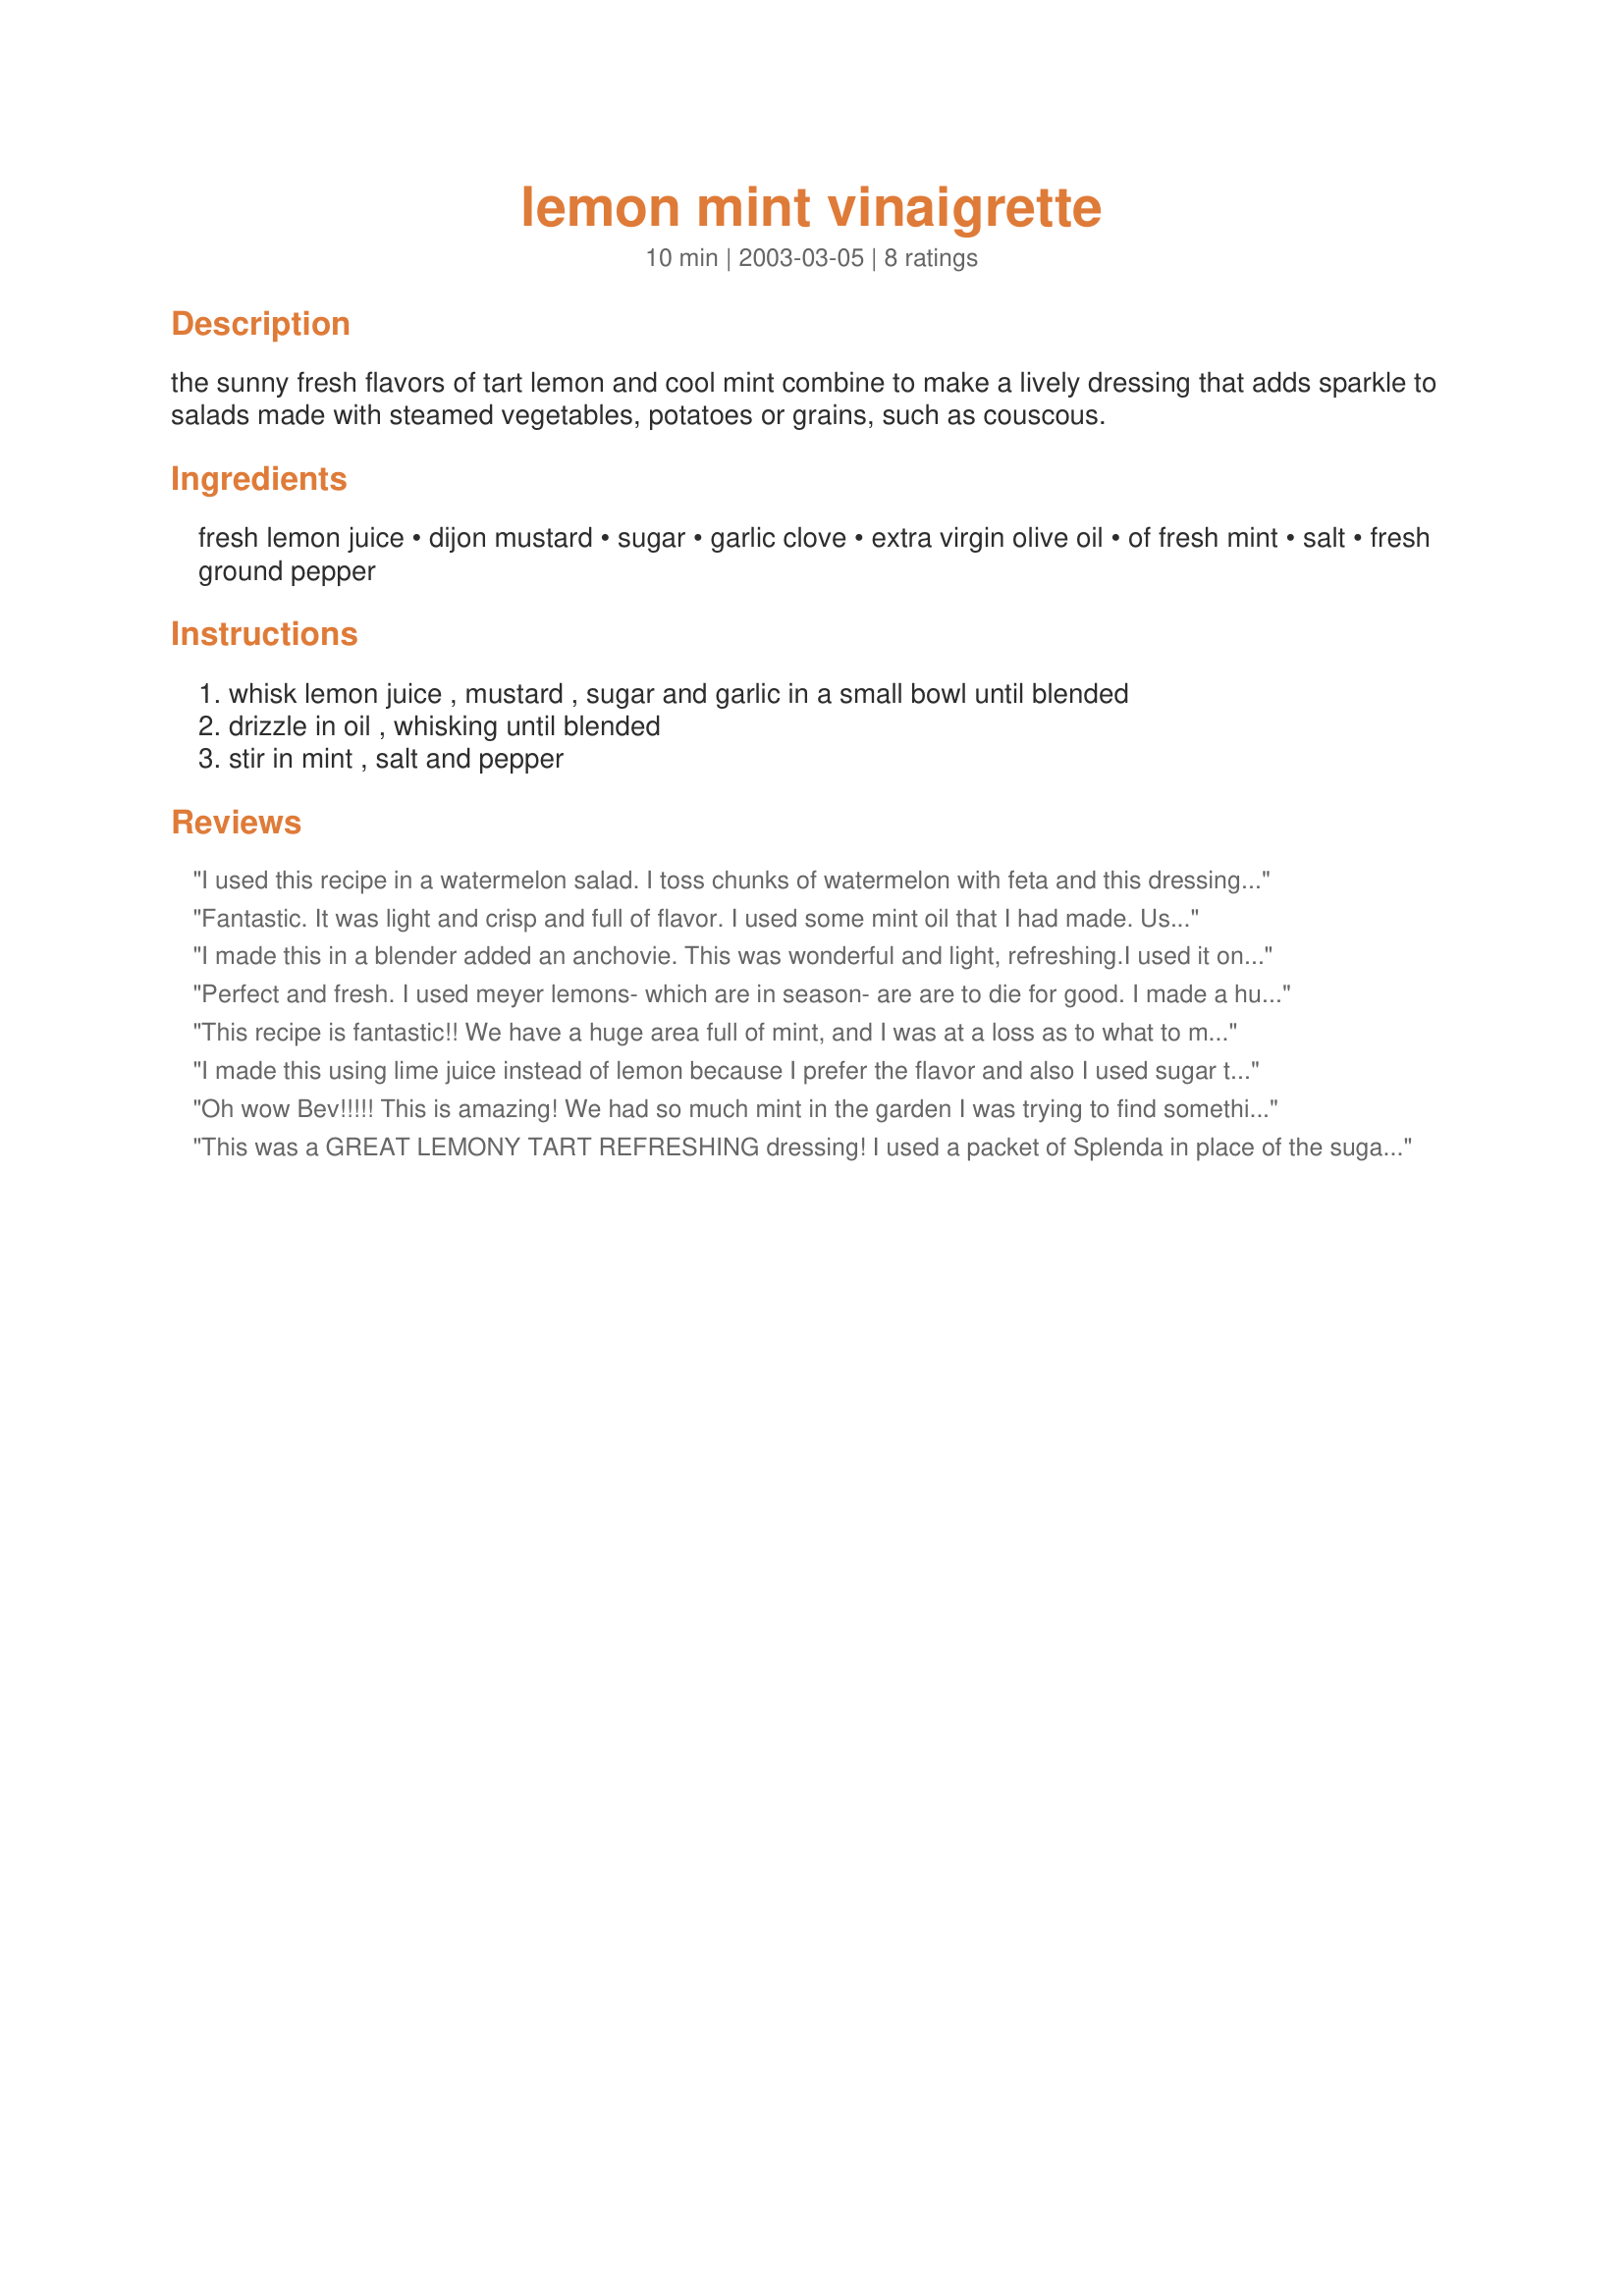
lemon mint vinaigrette
Preparation time: 10 minutes

the sunny fresh flavors of tart lemon and cool mint combine to make a lively dressing that adds sparkle to salads made with steamed vegetables, potatoes or grains, such as couscous.

Ingredients:
fresh lemon juice, dijon mustard, sugar, garlic clove, extra virgin olive oil, of fresh mint, salt, fresh ground pepper

Steps:
whisk lemon juice , mustard , sugar and garlic in a small bowl until blended, drizzle in oil , whisking until blended, stir in mint , salt and pepper

Reviews:
I used this recipe in a watermelon salad. I toss chunks of watermelon with feta and this dressing. Because I am using feta with this particular recipe I leave out the salt since it is salty enough with the feta. YUMMY! Everyone loves it! I also use more garlic in this (2 large cloves) and in all recipes that require garlic because I love it so much.
Fantastic. It was light and crisp and full of flavor. I used some mint oil that I had made. Used it on an orzo salad with feta cheese, cherry tomatoes, purple onions and cucumber. It was great, thank you. I will make this again.
I made this in a blender added an anchovie. This was wonderful and light, refreshing.I used it on a salad. The leftover will be going on couscous.
Perfect and fresh. I used meyer lemons- which are in season- are are to die for good. I made a huge oops and added WAY too much crumbled feta to the salad (for 4), but it still ultra-yummy. Just used the remaining dressing to marinate three very large chicken breasts for tomorrow. It should be divine. Thanks for a fantastic recipe. Mmmmmm.
This recipe is fantastic!! We have a huge area full of mint, and I was at a loss as to what to make. This was refreshing, savory, simple...I have zero complaints! The only thing I changed was to use spicy brown mustard because we were out of dijon. It was so tasty that I, like hollyfrolly, also tried to marinate two chicken breasts in it overnight, but the flavor didn't quite come through. As a salad dressing, this is perfect!
I made this using lime juice instead of lemon because I prefer the flavor and also I used sugar twin instead of real sugar and WOW was this dressing fantastic! I just put it on regular salad mix (one of those bagged salads) and it was GREAT!
Oh wow Bev!!!!! This is amazing! We had so much mint in the garden I was trying to find something new to use it with. This is soooooo awesome I could almost drink it! The ONLY thing I did different was add 4 cloves of garlic and doubled the recipe. This is amazing and I can't thank you enough!
This was a GREAT LEMONY TART REFRESHING dressing! I used a packet of Splenda in place of the sugar. The recipe doesn't say 1/3 of what of the mint but I used 1/3 cup. Made for Beverage tag.
